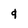
Character: q